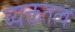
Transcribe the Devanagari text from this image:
व्यक्ततत्व